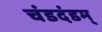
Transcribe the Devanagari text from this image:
चंडदंडम्